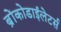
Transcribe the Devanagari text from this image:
ब्रोंकोडाईलेटर्स